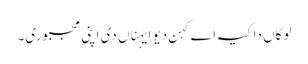
لوکاں دا کیہ اے کہن دیو ایہناں دی اپنی مجبوری۔